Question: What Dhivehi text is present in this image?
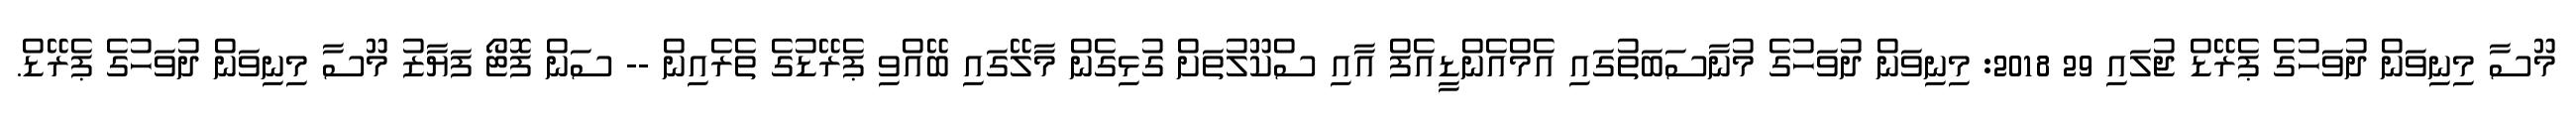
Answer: މޫސާ މިނިވަން ދުވަހުގެ ޕެރޭޑް ޖުލައި 29 2018: މިނިވަން ދުވަހުގެ މުނާސަބަތުގައި އެމްއެންޑީއެފް އާއި ސްކޫލުތަށް ގުޅިގެން މާލޭގައި ބޭއްވި ޕެރޭޑުގެ ތެރެއިން -- ސަން ފޮޓޯ ފަޔާޒު މޫސާ މިނިވަން ދުވަހުގެ ޕެރޭޑް.